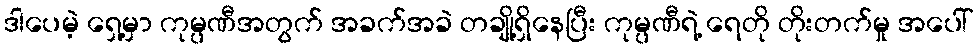
ဒါပေမဲ့ ရှေ့မှာ ကုမ္ပဏီအတွက် အခက်အခဲ တချို့ရှိနေပြီး ကုမ္ပဏီရဲ့ ရေတို တိုးတက်မှု အပေါ်